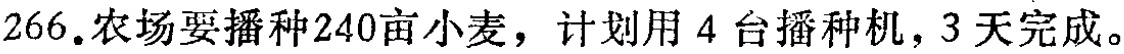
266.农场要播种240亩小麦，计划用4台播种机，3天完成。